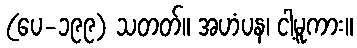
(ပေ-၁၉၉) သတတ်။ အဟံပန၊ ငါ့မူကား။